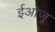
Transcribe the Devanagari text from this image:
ईओजू